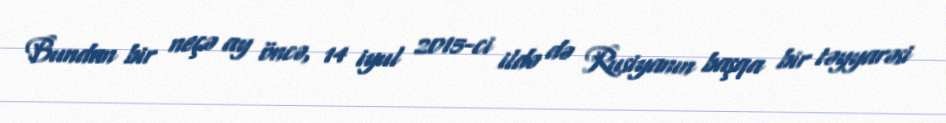
Bundan bir neçə ay öncə, 14 iyul 2015-ci ildə də Rusiyanın başqa bir təyyarəsi